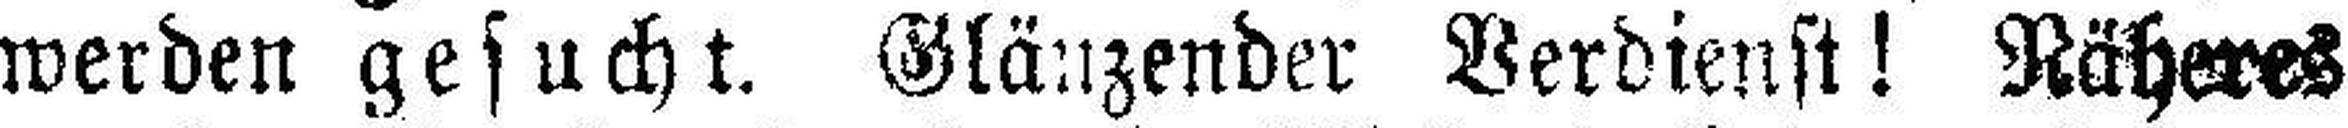
werden gesucht. Glänzender Verdienst! Näheres